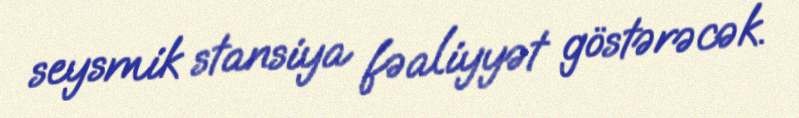
seysmik stansiya fəaliyyət göstərəcək.